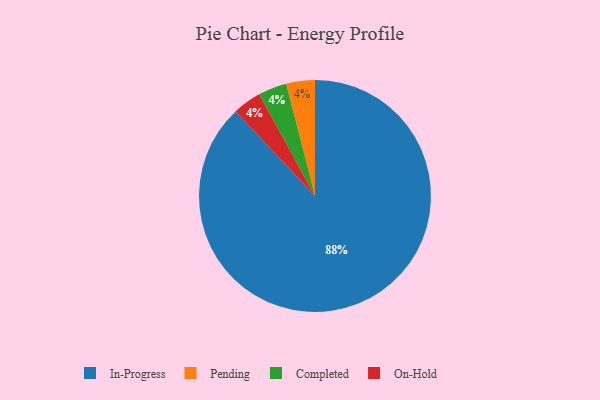
{"axis": {"x": "Category", "y": "Percentage"}, "legend": ["Completed", "In-Progress", "On-Hold", "Pending"], "data": [{"x": "Pending", "y": 4, "type": "Pending"}, {"x": "In-Progress", "y": 88, "type": "In-Progress"}, {"x": "Completed", "y": 4, "type": "Completed"}, {"x": "On-Hold", "y": 4, "type": "On-Hold"}]}